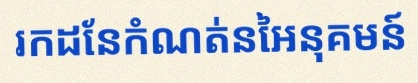
រកដែនកំណត់នៃអនុគមន៍